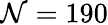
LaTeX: \mathcal{N}=190